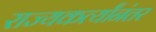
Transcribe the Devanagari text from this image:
राज्यकर्त्यांनंतर